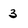
Character: 3